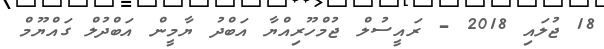
18 ޖުލައި 2018 - ރައީސުލް ޖުމްހޫރިއްޔާ އަބްދު ޔާމީން އަބްދުލް ގައްޔޫމް